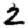
Digit: 2